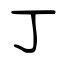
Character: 丁